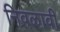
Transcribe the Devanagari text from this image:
निवळावी